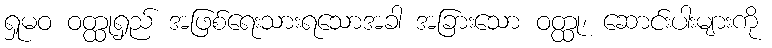
ရှုမဝ ဝတ္ထုရှည် အဖြစ်ရေးသားရသောအခါ အခြားသော ဝတ္ထု၊ ဆောင်းပါးများကို